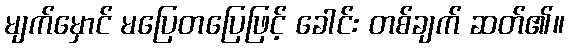
မျက်မှောင် မပြေတပြေဖြင့် ခေါင်း တစ်ချက် ဆတ်၏။